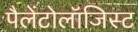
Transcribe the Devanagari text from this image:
पैलेंटोलॉजिस्ट